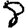
Digit: 8